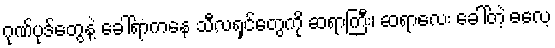
ဂုဏ်ပုဒ်တွေနဲ့ ခေါ်ရာကနေ သီလရှင်တွေကို ဆရာကြီး၊ ဆရာလေး ခေါ်တဲ့ ဓလေ့